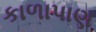
કાળાપાણ